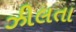
ઝીલતા